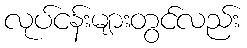
လုပ်ငန်းများတွင်လည်း